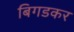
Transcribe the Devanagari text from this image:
बिगडकर